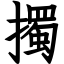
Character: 擉